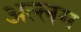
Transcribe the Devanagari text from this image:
अल्लम